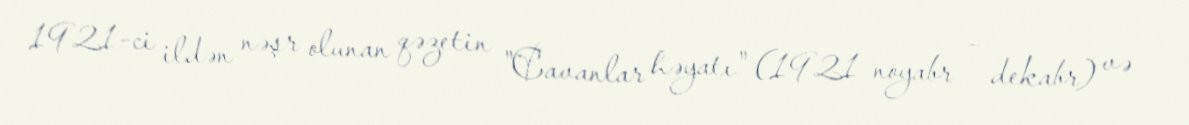
1921-ci ildən nəşr olunan qəzetin "Cavanlar həyatı" (1921 noyabr – dekabr) və